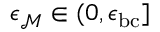
\epsilon _ { \mathcal { M } } \in ( 0 , \epsilon _ { \mathrm { b c } } ]